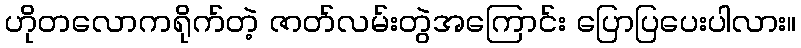
ဟိုတလောကရိုက်တဲ့ ဇာတ်လမ်းတွဲအကြောင်း ပြောပြပေးပါလား။